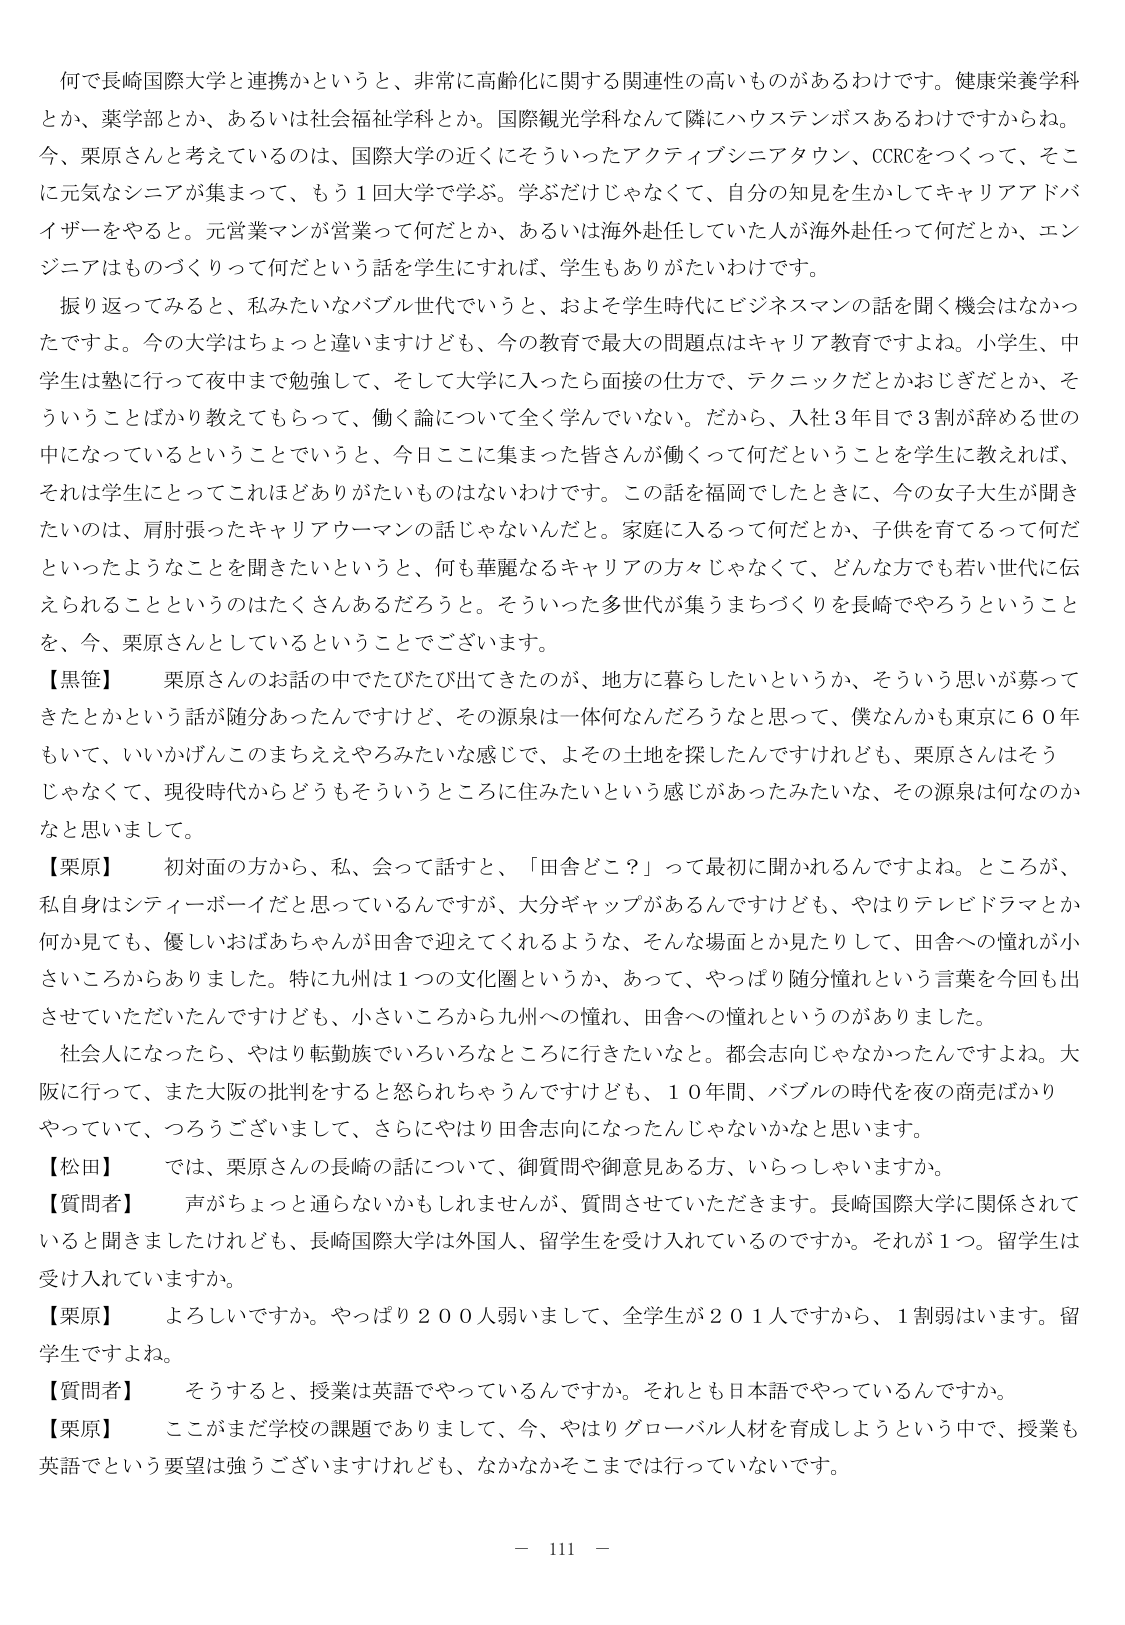
何で長崎国際大学と連携かというと、非常に高齢化に関する関連性の高いものがあるわけです。健康栄養学科とか、薬学部とか、あるいは社会福祉学科とか。国際観光学科なんて隣にハウステンボスあるわけですからね。今、栗原さんと考えているのは、国際大学の近くにそういったアクティビニータウン、CCRCをつくって、そこに元気なシニアが集まって、もう１回大学で学ぶ。学ぶだけじゃなくて、自分の知見を生かしてキャリアアドバイザーをやると。元営業マンが営業って何だとか、あるいは海外赴任していた人が海外赴任って何だとか、エンジニアはものづくりって何だという話を学生にすれば、学生もありがたいわけです。

振り返ってみると、私みたいなバブル世代でいうと、およそ学生時代にビジネスマンの話を聞く機会はなかったですよ。今の大学はちょっと違いますが、今の教育で最大の問題点はキャリア教育ですよね。小学生、中学生は塾に行って夜中まで勉強して、そして大学に入ったら面接の仕方で、テクニックだとかおじぎだとか、そういうことばかり教えてもらって、働く論について全く学んでいない。だから、入社3年目で3割が辞める世の中になっているということでしょうと、今日ここに集まった皆さんが働くって何だということを学生に教えれば、それは学生にとってこれほどありがたいものはないわけです。この話を福岡でしたときに、今の女子大生が聞きたいのは、肩肘張ったキャリアウーマンの話じゃないんだと。家庭に入って何だとか、子供を育てるって何だといったようなことを聞きたいというと、何も華麗なるキャリアの方々じゃなくて、どんな方でも若い世代に伝えられることというのはたくさんあるだろうと。そういった多世代が集うまちづくりを長崎でやろうということを、今、栗原さんとしているということでございます。

【黒住】　栗原さんのお話の中でたびたび出てきたのが、地方に暮らしたいというか、そういう思いが募ってきたとかという話が随分あったんですけど、その源泉は一体何なんだろうと思って、僕なんかでも東京に60年もいて、いいかげんこのまちええやろみたいな感じで、よその土地を探したんですけども、栗原さんはそうじゃなくて、現役時代からどうもそういうところに住みたいという感じがあったみたいな、その源泉は何なのかなと思いまして。

【栗原】　初対面の方から、私、会って話すと、「田舎どこ？」って最初に聞かれるんですよね。ところが、私自身はシティーボーイだと思っているんですが、大分ギャップがあるんですけども、やはりテレビドラマとか何か見ても、優しいおばあちゃんが田舎で迎えてくれるような、そんな場面とか見たりして、田舎への憧れが小さいころからありました。特に九州は1つの文化圏というか、あって、やっぱり随分憧れという言葉を今回も出させていただいたんですけども、小さいころから九州への憧れ、田舎への憧れというのがありました。

社会人になったら、やはり転勤族でいろいろなところに行きたいなと。都会志向じゃなかったんですよね。大阪に行って、また大阪の批判をすると怒られちゃうんですけども、10年間、バブルの時代を夜の商売ばかりやっていて、つろございましたし、さらにやはり田舎志向になったんじゃないかなと思います。

【松田】　では、栗原さんの長崎の話について、御質問や御意見ある方、いらっしゃいますか。

【質問者】　声がちょっと通らないかもしれませんが、質問させていただきます。長崎国際大学に関係されていると聞きましたけれども、長崎国際大学は外国人、留学生を受け入れているのですか。それが1つ。留学生は受け入れていますか。

【栗原】　よろしいですか。やっぱり200人弱いまして、全学生が201人ですから、1割弱はいます。留学生ですよね。

【質問者】　そうすると、授業は英語でやっているんですか。それとも日本語でやっているんですか。

【栗原】　ここがまだ学校の課題でありまして、今、やはりグローバル人材を育成しようという中で、授業も英語でという要望は強くございますけれども、なかなかそこまでは行っていないです。

－ 111 －